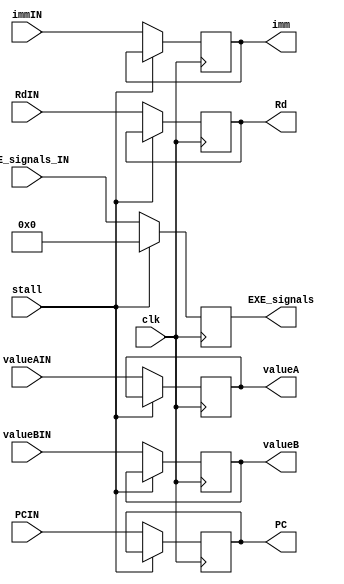
module ID2EXE (
	input clk,stall, 
	input [15:0] valueAIN, valueBIN, immIN, PCIN, 
	input [2:0] RdIN,
	input [10:0] EXE_signals_IN,
	output reg [15:0] valueA, valueB , imm,	PC, 
	output reg [2:0] Rd,
	output reg [10:0] EXE_signals
);


  	always @ (posedge clk) begin

      	if (stall) begin
          	EXE_signals <= 0;
      	end
	  	else begin
		  	valueA <= valueAIN;
			valueB <= valueBIN;
		  	imm	<=  immIN;
			PC <= PCIN;
			Rd <= RdIN;	
			EXE_signals = EXE_signals_IN;
		end

  	end
	  
	 
endmodule